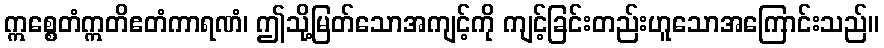
ဣစ္စေတံဣတိဧတံကာရဏံ၊ ဤသို့မြတ်သောအကျင့်ကို ကျင့်ခြင်းတည်းဟူသောအကြောင်းသည်။